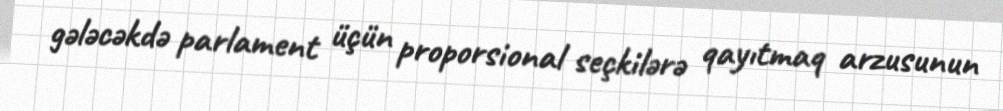
gələcəkdə parlament üçün proporsional seçkilərə qayıtmaq arzusunun